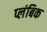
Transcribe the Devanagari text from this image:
प्लंबिक